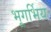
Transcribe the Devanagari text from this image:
भूगर्भिय